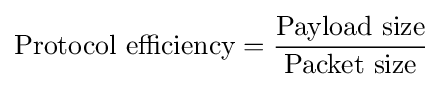
{\text{Protocol efficiency}}={\frac {\text{Payload size}}{\text{Packet size}}}